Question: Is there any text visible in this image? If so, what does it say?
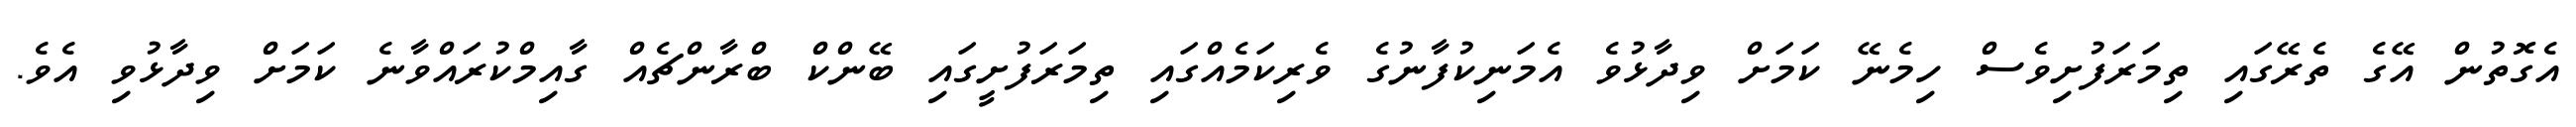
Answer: އެގޮތުން އޭގެ ތެރޭގައި ތިމަރަފުށިވެސް ހިމެނޭ ކަމަށް ވިދާޅުވެ އެމަނިކުފާނުގެ ވެރިކަމެއްގައި ތިމަރަފުށީގައި ބޭންކް ބްރާންޗެއް ގާއިމްކުރައްވާނެ ކަމަށް ވިދާޅުވި އެވެ.